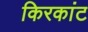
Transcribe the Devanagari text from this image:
किरकांट